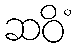
ဆဝိံ